Civil Veterinary Department Bengal reports 1923-33 - 1923-1933
Year: 1923
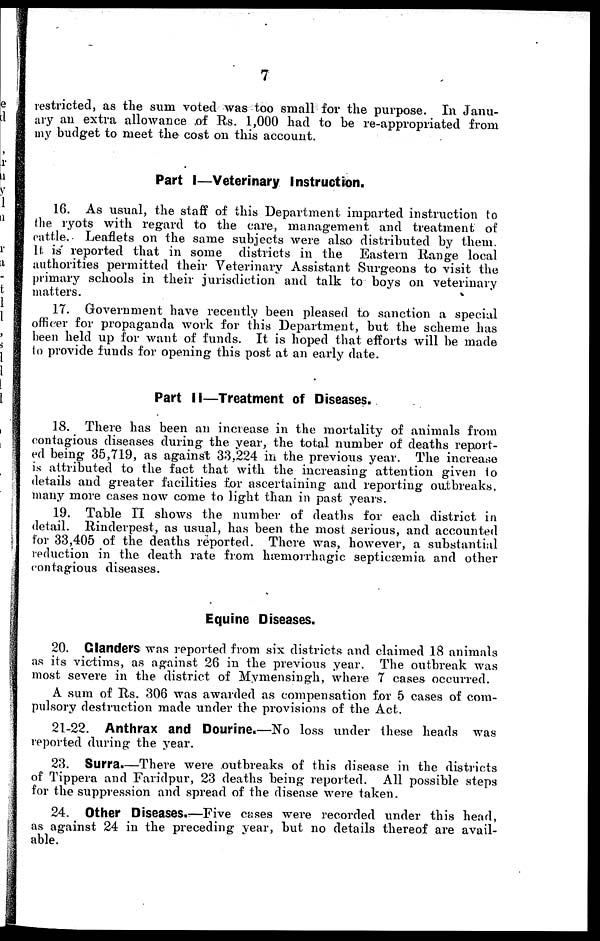
7
restricted, as the sum voted was too small for the purpose. In Janu-
ary an extra allowance of Rs. 1,000 had to be re-appropriated from
my budget to meet the cost on this account.
Part I—Veterinary Instruction.
16. As usual, the staff of this Department imparted instruction to
the ryots with regard to the care, management and treatment of
rattle. Leaflets on the same subjects were also distributed by them.
It is reported that in some districts in the Eastern Range local
authorities permitted their Veterinary Assistant Surgeons to visit the
primary schools in their jurisdiction and talk to boys on veterinary
matters.
17. Government have recently been pleased to sanction a special
officer for propaganda work for this Department, but the scheme has
been held up for want of funds. It is hoped that efforts will be made
to provide funds for opening this post at an early date.
Part II—Treatment of Diseases.
18. There has been an increase in the mortality of animals from
contagious diseases during the year, the total number of deaths report-
ed being 35,719, as against 33,224 in the previous year. The increase
is attributed to the fact that with the increasing attention given to
details and greater facilities for ascertaining and reporting outbreaks,
many more cases now come to light than in past years.
19. Table II shows the number of deaths for each district in
detail. Rinderpest, as usual, has been the most serious, and accounted
for 33,405 of the deaths reported. There was, however, a substantial
reduction in the death rate from hæmorrhagic septicæmia and other
contagious diseases.
Equine Diseases.
20. Glanders was reported from six districts and claimed 18 animals
as its victims, as against 26 in the previous year. The outbreak was
most severe in the district of Mymensingh, where 7 cases occurred.
A sum of Rs. 306 was awarded as compensation for 5 cases of com-
pulsory destruction made under the provisions of the Act.
21-22. Anthrax and Dourine.—No loss under these heads was
reported during the year.
23. Surra.—There were outbreaks of this disease in the districts
of Tippera and Faridpur, 23 deaths being reported. All possible steps
for the suppression and spread of the disease were taken.
24. Other Diseases.—Five cases were recorded under this head,
as against 24 in the preceding year, but no details thereof are avail-
able.